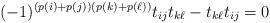
LaTeX: \begin{align*} (-1)^{(p(i)+p(j))(p(k)+p(\ell))}t_{ij}t_{k\ell} - t_{k\ell}t_{ij} = 0\end{align*}